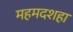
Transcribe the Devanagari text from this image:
महमदशहा